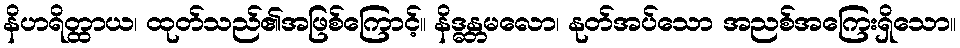
နိဟရိတ္ထာယ၊ ထုတ်သည်၏အဖြစ်ကြောင့်။ နိဒ္ဓန္တမလော၊ နုတ်အပ်သော အညစ်အကြေးရှိသော။